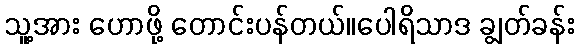
သူ့အား ဟောဖို့ တောင်းပန်တယ်။ပေါရိသာဒ ချွတ်ခန်း